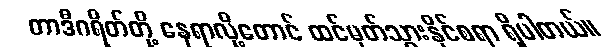
တာဒီဂရိတ်တို့ နေရာလို့တောင် ထင်မှတ်သွားနိုင်စရာ ရှိပါတယ်။